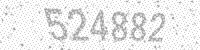
Solution: 524882